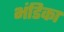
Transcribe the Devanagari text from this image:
भंडिका